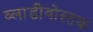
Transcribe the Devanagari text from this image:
व्लाडीवोस्तक